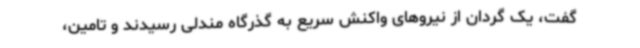
گفت، یک گردان از نیروهای واکنش سریع به گذرگاه مندلی رسیدند و تامین،